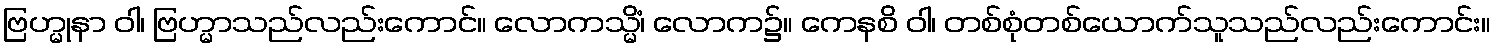
ဗြဟ္မုနာ ဝါ၊ ဗြဟ္မာသည်လည်းကောင်။ လောကသ္မိံ၊ လောက၌။ ကေနစိ ဝါ၊ တစ်စုံတစ်ယောက်သူသည်လည်းကောင်း။